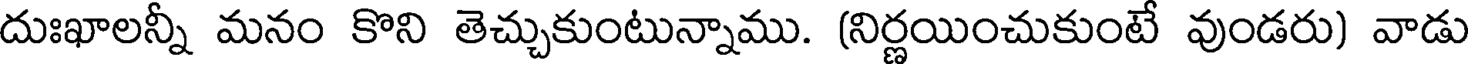
దుఃఖాలన్నీ మనం కొని తెచ్చుకుంటున్నాము. (నిర్ణయించుకుంటే వుండరు) వాడు